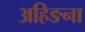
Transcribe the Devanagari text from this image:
अहिङना